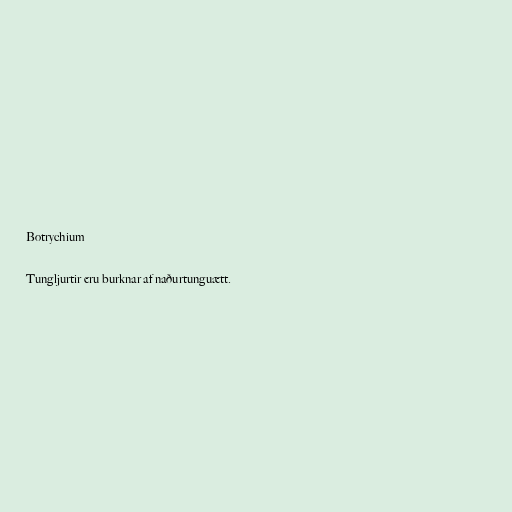
Botrychium

Tungljurtir eru burknar af naðurtunguætt.